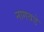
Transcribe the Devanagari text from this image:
नागवडे